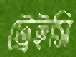
ট্রেইসি